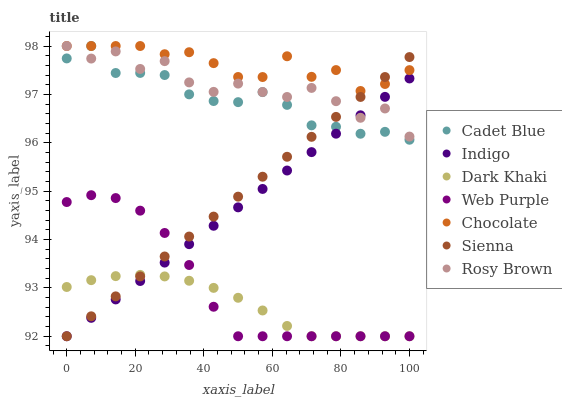
| xaxis_label | Cadet Blue | Indigo | Dark Khaki | Web Purple | Chocolate | Sienna | Rosy Brown |
 | --- | --- | --- | --- | --- | --- | --- | --- |
 | 0 | 97.7 | 92 | 93 | 94.8 | 98 | 92 | 98 |
 | 7.14 | 98 | 92.4 | 93.2 | 94.9 | 98 | 92.4 | 97.7 |
 | 14.3 | 97.4 | 92.8 | 93.2 | 94.9 | 98 | 92.8 | 97.9 |
 | 21.4 | 97.4 | 93.1 | 93.3 | 94.6 | 98 | 93.2 | 97.5 |
 | 28.6 | 97.4 | 93.5 | 93.2 | 94.1 | 97.8 | 93.6 | 97.7 |
 | 35.7 | 97 | 93.9 | 93.1 | 93.5 | 97.9 | 94.1 | 97.2 |
 | 42.9 | 96.9 | 94.3 | 93 | 92.6 | 97.6 | 94.5 | 97.1 |
 | 50 | 96.8 | 94.7 | 92.8 | 92 | 97.4 | 94.9 | 97.2 |
 | 57.1 | 97 | 95 | 92.5 | 92 | 97.4 | 95.3 | 97 |
 | 64.3 | 96.8 | 95.4 | 92.2 | 92 | 97.8 | 95.7 | 96.9 |
 | 71.4 | 96.4 | 95.8 | 92 | 92 | 97.4 | 96.1 | 97.1 |
 | 78.6 | 96.3 | 96.2 | 92 | 92 | 97.5 | 96.5 | 96.9 |
 | 85.7 | 96.2 | 96.6 | 92 | 92 | 97.1 | 96.9 | 96.5 |
 | 92.9 | 96.2 | 96.9 | 92 | 92 | 97.2 | 97.4 | 96.7 |
 | 100 | 96.1 | 97.3 | 92 | 92 | 97.5 | 97.8 | 96.1 |